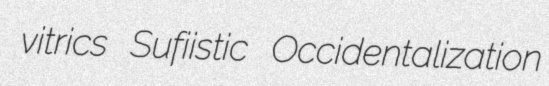
vitrics Sufiistic Occidentalization